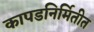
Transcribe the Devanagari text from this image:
कापडनिर्मितीत